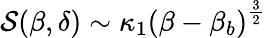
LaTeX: \begin{array}{r}{\mathcal{S}(\beta,\delta)\sim\kappa_{1}{\left({\beta-{\beta_{b}}}\right)^{\frac{3}{2}}}}\end{array}